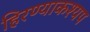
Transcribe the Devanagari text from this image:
हिरण्याकश्यप